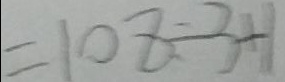
= 1 0 8 \div 3 + 1